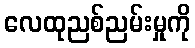
လေထုညစ်ညမ်းမှုကို